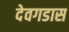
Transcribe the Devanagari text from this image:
देवगडास